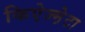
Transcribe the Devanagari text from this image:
किऐज्म़ेटा